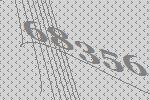
68356